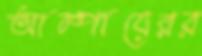
আম্পায়েরর